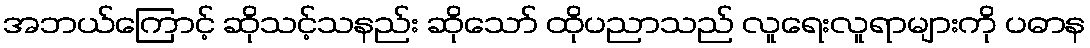
အဘယ်ကြောင့် ဆိုသင့်သနည်း ဆိုသော် ထိုပညာသည် လူရေးလူရာများကို ပဓာန